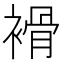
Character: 𧜓